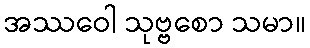
အဿဝေါ သုဗ္ဗစော သမာ။